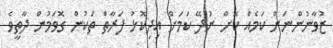
ޒުވާނުންނަށް ކަމެއް ކޮށް ނުދޭ ކަމަށް އިދިކޮޅު ފަރާތް ތަކުން ގޮވަމުން ދާތީވެ